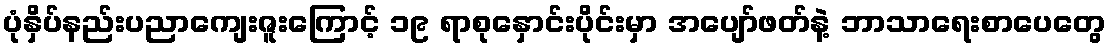
ပုံနှိပ်နည်းပညာကျေးဇူးကြောင့် ၁၉ ရာစုနှောင်းပိုင်းမှာ အပျော်ဖတ်နဲ့ ဘာသာရေးစာပေတွေ